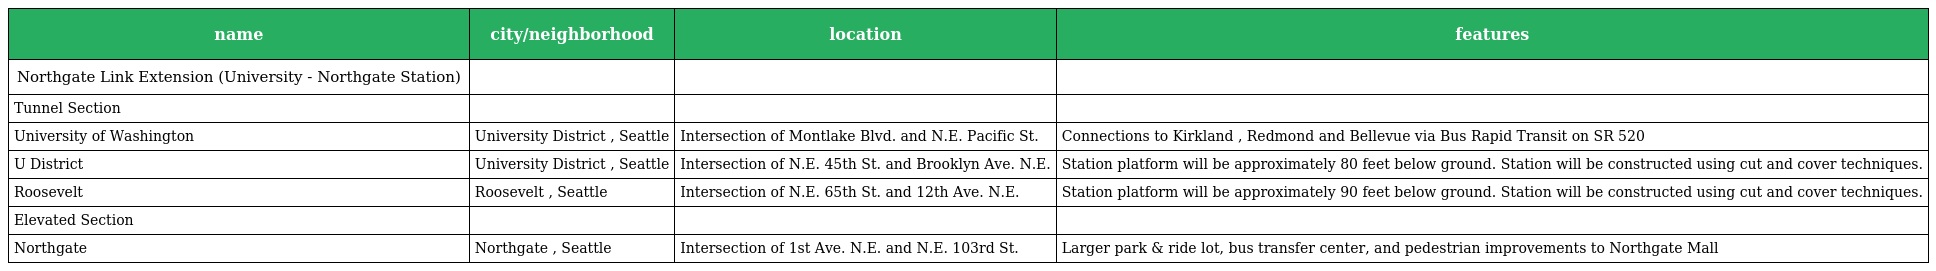
| name | city/neighborhood | location | features |
 | --- | --- | --- | --- |
 | Northgate Link Extension (University - Northgate Station) |  |  |  |
 | Tunnel Section |  |  |  |
 | University of Washington | University District , Seattle | Intersection of Montlake Blvd. and N.E. Pacific St. | Connections to Kirkland , Redmond and Bellevue via Bus Rapid Transit on SR 520 |
 | U District | University District , Seattle | Intersection of N.E. 45th St. and Brooklyn Ave. N.E. | Station platform will be approximately 80 feet below ground. Station will be constructed using cut and cover techniques. |
 | Roosevelt | Roosevelt , Seattle | Intersection of N.E. 65th St. and 12th Ave. N.E. | Station platform will be approximately 90 feet below ground. Station will be constructed using cut and cover techniques. |
 | Elevated Section |  |  |  |
 | Northgate | Northgate , Seattle | Intersection of 1st Ave. N.E. and N.E. 103rd St. | Larger park & ride lot, bus transfer center, and pedestrian improvements to Northgate Mall |